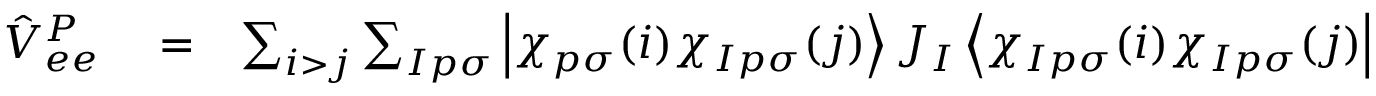
\begin{array} { r l r } { \hat { V } _ { e e } ^ { P } } & { { } = } & { \sum _ { i > j } \sum _ { I p \sigma } \left| \chi _ { p \sigma } ( i ) \chi _ { I p \sigma } ( j ) \right> J _ { I } \left< \chi _ { I p \sigma } ( i ) \chi _ { I p \sigma } ( j ) \right| } \end{array}